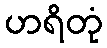
ဟရိတုံ